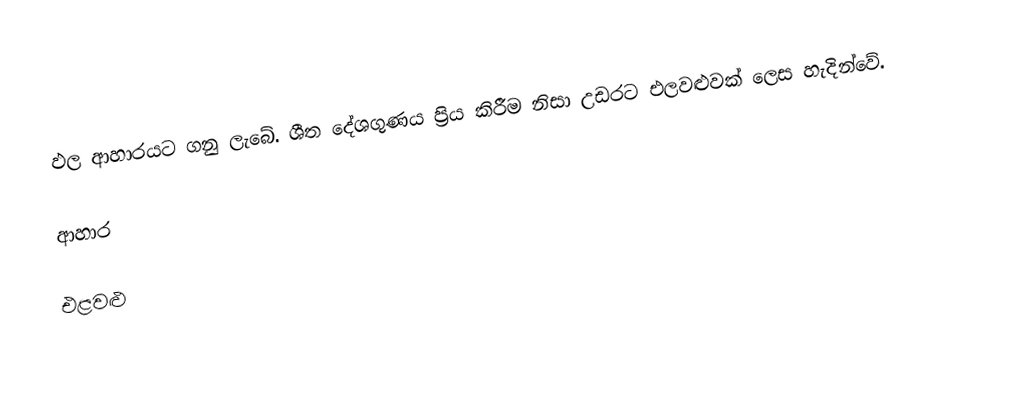
ඵල ආහාරයට ගනු ‍ලැබේ. ශීත දේශගුණය ප්‍රිය කිරීම නිසා උඩරට එලවළුවක් ලෙස හැදින්වේ.

ආහාර

එළවළු